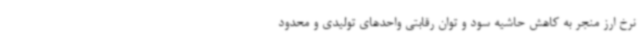
نرخ ارز منجر به کاهش حاشیه سود و توان رقابتی واحدهای تولیدی و محدود